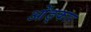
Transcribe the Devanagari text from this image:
ओंङ्कार